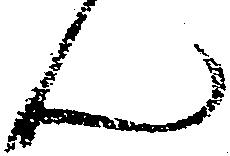
ん